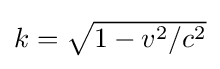
{\textstyle k={\sqrt {1-v^{2}/c^{2}}}}